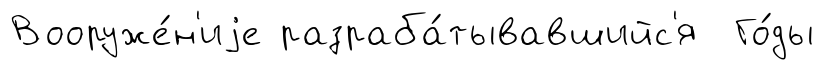
Вооруже́н'иjе разраба́тывавшийс'я Го́ды